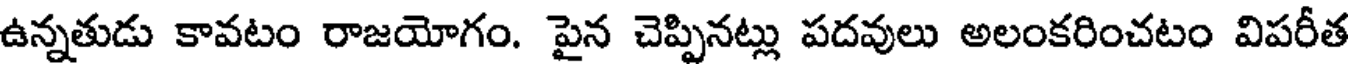
ఉన్నతుడు కావటం రాజయోగం. పైన చెప్పినట్లు పదవులు అలంకరించటం విపరీత